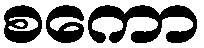
စကော